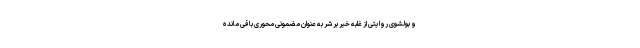
و بولشوی روایتی از غلبه خیر بر شر به عنوان مضمونی محوری باقی مانده